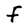
Character: F